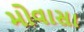
મોવાસા